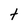
Character: t